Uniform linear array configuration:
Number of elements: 64
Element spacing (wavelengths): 0.25
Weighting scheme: hamming
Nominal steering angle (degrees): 45
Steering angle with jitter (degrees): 44.322
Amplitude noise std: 0.05
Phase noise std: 0.05

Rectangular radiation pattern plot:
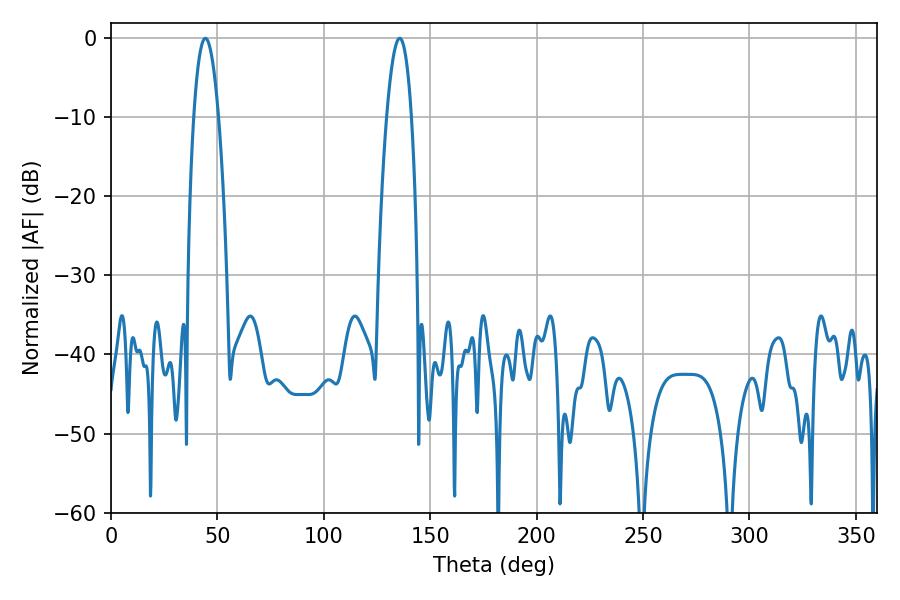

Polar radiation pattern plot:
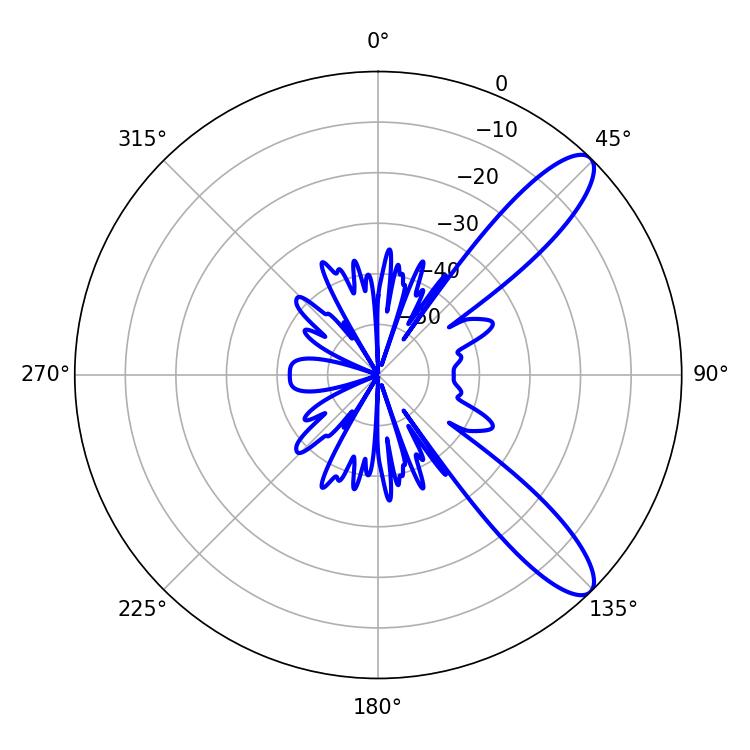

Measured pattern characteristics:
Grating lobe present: FALSE
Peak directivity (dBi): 10.721
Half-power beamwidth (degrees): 6.48
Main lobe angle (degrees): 44.28